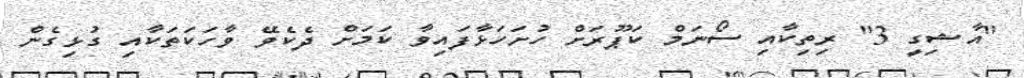
"އާޝިގީ 3" ރިތިކާއި ސޯނަމް ކަޕޫރަށް ހުށަހަޅާފައިވާ ކަމަށް ދެކެވޭ ވާހަކަތަކާއި ގުޅިގެން